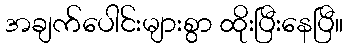
အချက်ပေါင်းများစွာ ထိုးပြီးနေပြီ။